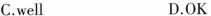
C.well D.OK